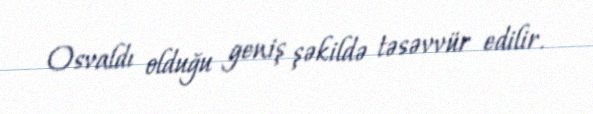
Osvaldı olduğu geniş şəkildə təsəvvür edilir.